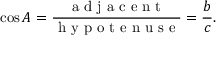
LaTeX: \cos A = { \frac { \textrm { a d j a c e n t } } { \textrm { h y p o t e n u s e } } } = { \frac { b } { c } } .